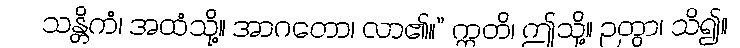
သန္တိကံ၊ အထံသို့။ အာဂတော၊ လာ၏။” ဣတိ၊ ဤသို့။ ဉတွာ၊ သိ၍။